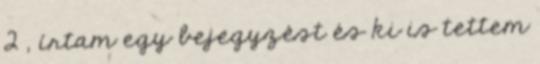
2 , írtam egy bejegyzést és ki is tettem